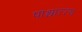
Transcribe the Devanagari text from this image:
पाश्चात्त्त्य